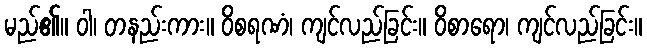
မည်၏။ ဝါ၊ တနည်းကား။ ဝိစရဏံ၊ ကျင်လည်ခြင်း။ ဝိစာရော၊ ကျင်လည်ခြင်း။